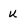
Character: u